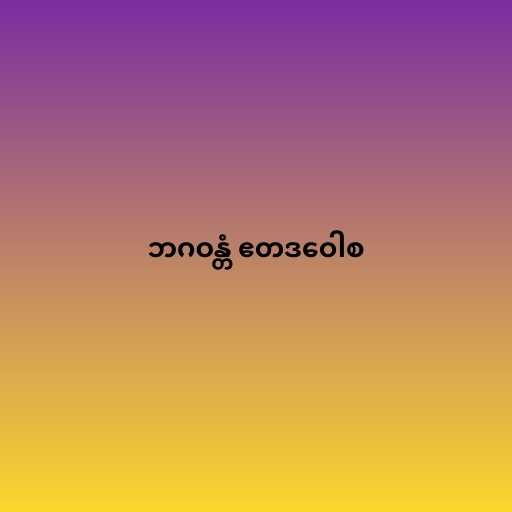
ဘဂဝန္တံ ဧတဒဝေါစ